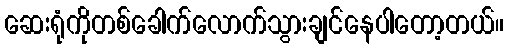
ဆေးရုံကိုတစ်ခေါက်လောက်သွားချင်နေပါတော့တယ်။